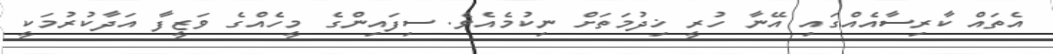
އެތައް ކާރިސާއެއްގައި އޭނާ ހުރީ ޚިދުމަތަށް ނިކުމެއެވެ. ސިފައިންގެ މީހެއްގެ ވަޒީފާ އަދާކުރުމަކީ